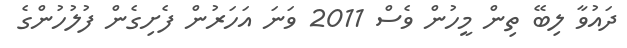
ދައުވާ ލިބޭ ތިން މީހުން ވެސް 2011 ވަނަ އަހަރުން ފެށިގެން ފުލުހުންގެ